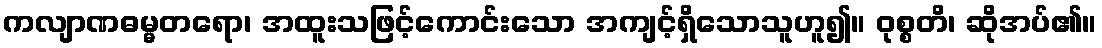
ကလျာဏဓမ္မတရော၊ အထူးသဖြင့်ကောင်းသော အကျင့်ရှိသောသူဟူ၍။ ဝုစ္စတိ၊ ဆိုအပ်၏။